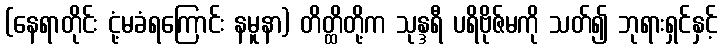
(နေရာတိုင်း ငုံ့မခံရကြောင်း နမူနာ) တိတ္ထိတို့က သုန္ဒရီ ပရိဗိုဇ်မကို သတ်၍ ဘုရားရှင်နှင့်